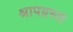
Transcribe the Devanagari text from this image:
श्रापग्रस्त